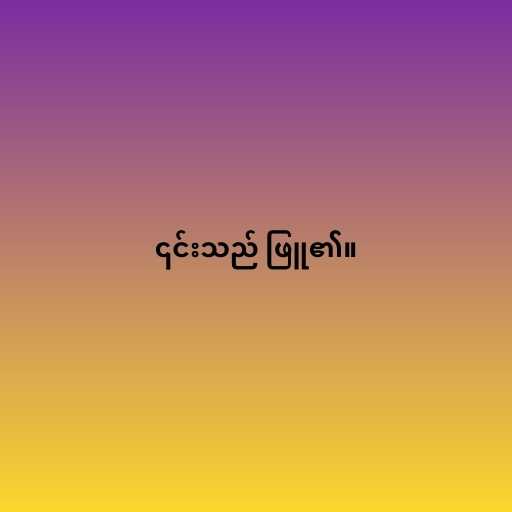
၎င်းသည် ဖြူ၏။